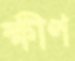
ক্ষীণ